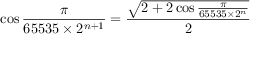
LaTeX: \cos { \frac { \pi } { 6 5 5 3 5 \times 2 ^ { n + 1 } } } = { \frac { \sqrt { 2 + 2 \cos { \frac { \pi } { 6 5 5 3 5 \times 2 ^ { n } } } } } { 2 } }